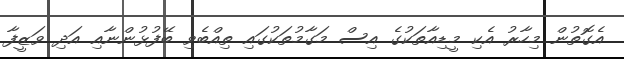
އެގޮތުން މިހާރު އެކި މީޑިއާތަކުގެ އިސް މަގާމުތަކުގައި ތިއްބެވި ބޭފުޅުންނާއި އަދި ވަޒީފާ